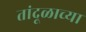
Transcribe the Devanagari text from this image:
तांदूळाच्या